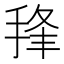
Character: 𰓵